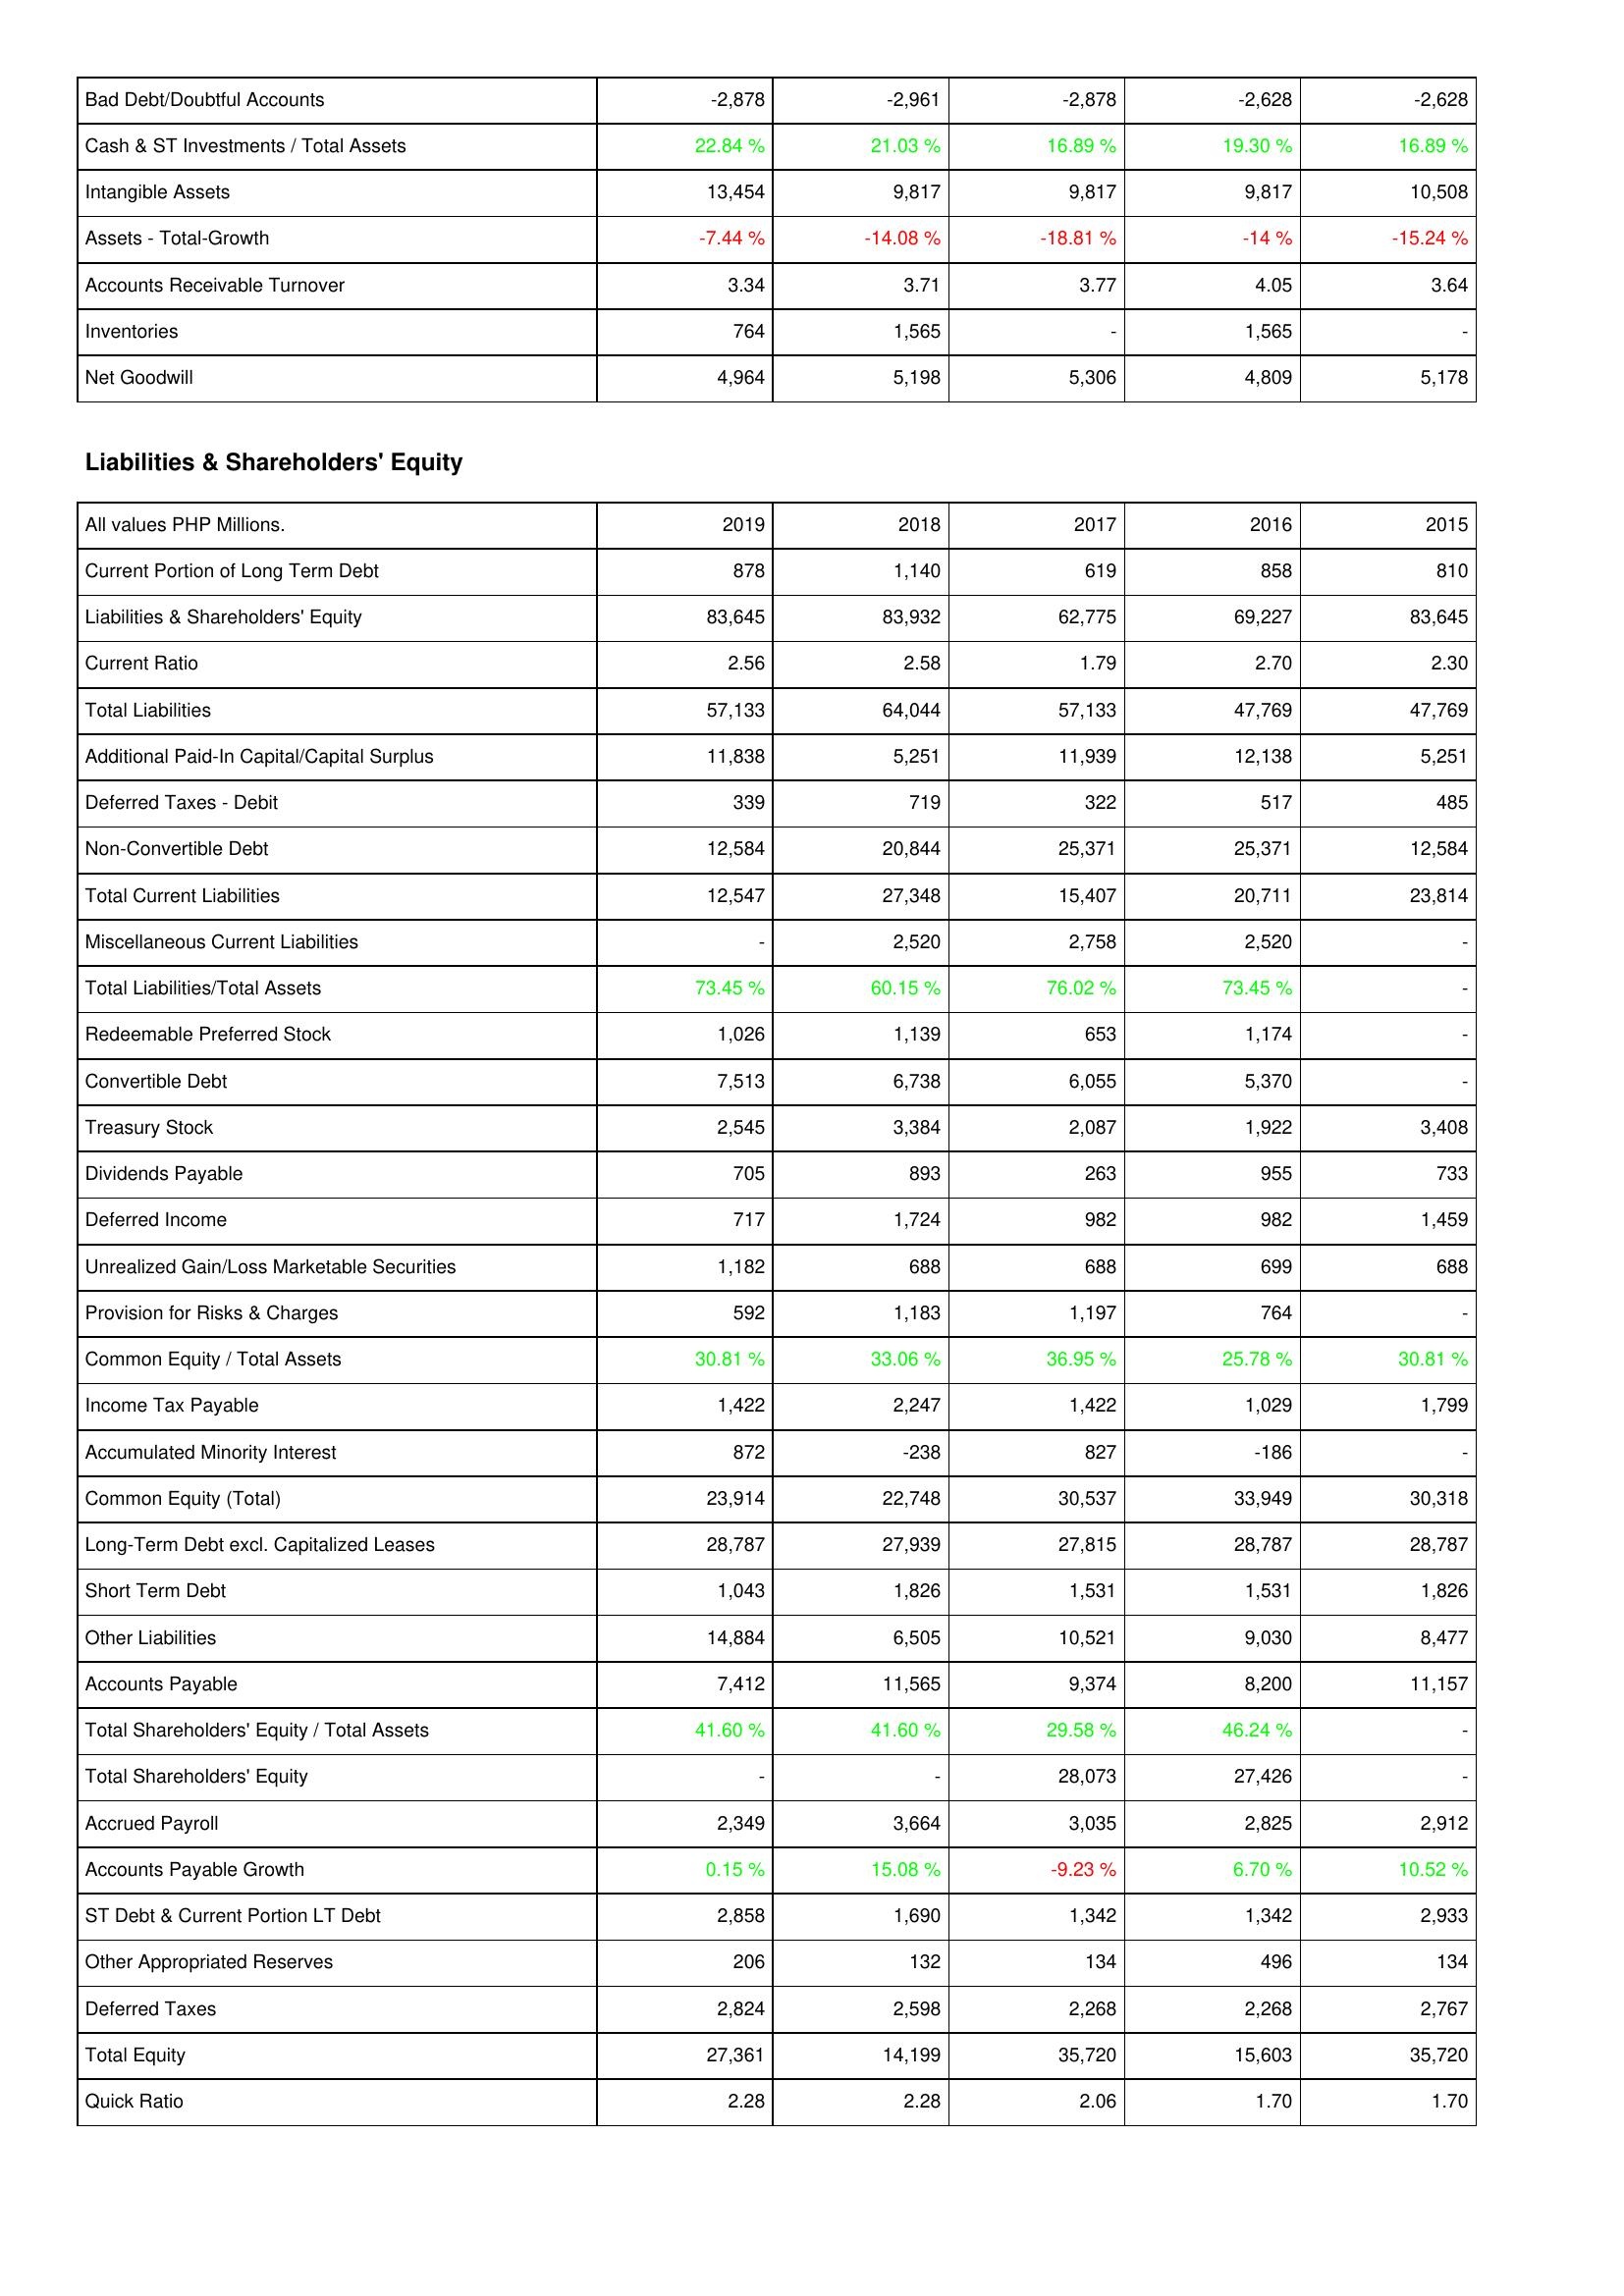
2019: Assets: Bad Debt/Doubtful Accounts: -2,878
Cash & ST Investments / Total Assets: 22.84 %
Intangible Assets: 13,454
Assets - Total-Growth: -7.44 %
Accounts Receivable Turnover: 3.34
Inventories: 764
Net Goodwill: 4,964
Liabilities & Shareholders' Equity: Current Portion of Long Term Debt: 878
Liabilities & Shareholders' Equity: 83,645
Current Ratio: 2.56
Total Liabilities: 57,133
Additional Paid-In Capital/Capital Surplus: 11,838
Deferred Taxes - Debit: 339
Non-Convertible Debt: 12,584
Total Current Liabilities: 12,547
Miscellaneous Current Liabilities: -
Total Liabilities/Total Assets: 73.45 %
Redeemable Preferred Stock: 1,026
Convertible Debt: 7,513
Treasury Stock: 2,545
Dividends Payable: 705
Deferred Income: 717
Unrealized Gain/Loss Marketable Securities: 1,182
Provision for Risks & Charges: 592
Common Equity / Total Assets: 30.81 %
Income Tax Payable: 1,422
Accumulated Minority Interest: 872
Common Equity (Total): 23,914
Long-Term Debt excl. Capitalized Leases: 28,787
Short Term Debt: 1,043
Other Liabilities: 14,884
Accounts Payable: 7,412
Total Shareholders' Equity / Total Assets: 41.60 %
Total Shareholders' Equity: -
Accrued Payroll: 2,349
Accounts Payable Growth: 0.15 %
ST Debt & Current Portion LT Debt: 2,858
Other Appropriated Reserves: 206
Deferred Taxes: 2,824
Total Equity: 27,361
Quick Ratio: 2.28
2018: Assets: Bad Debt/Doubtful Accounts: -2,961
Cash & ST Investments / Total Assets: 21.03 %
Intangible Assets: 9,817
Assets - Total-Growth: -14.08 %
Accounts Receivable Turnover: 3.71
Inventories: 1,565
Net Goodwill: 5,198
Liabilities & Shareholders' Equity: Current Portion of Long Term Debt: 1,140
Liabilities & Shareholders' Equity: 83,932
Current Ratio: 2.58
Total Liabilities: 64,044
Additional Paid-In Capital/Capital Surplus: 5,251
Deferred Taxes - Debit: 719
Non-Convertible Debt: 20,844
Total Current Liabilities: 27,348
Miscellaneous Current Liabilities: 2,520
Total Liabilities/Total Assets: 60.15 %
Redeemable Preferred Stock: 1,139
Convertible Debt: 6,738
Treasury Stock: 3,384
Dividends Payable: 893
Deferred Income: 1,724
Unrealized Gain/Loss Marketable Securities: 688
Provision for Risks & Charges: 1,183
Common Equity / Total Assets: 33.06 %
Income Tax Payable: 2,247
Accumulated Minority Interest: -238
Common Equity (Total): 22,748
Long-Term Debt excl. Capitalized Leases: 27,939
Short Term Debt: 1,826
Other Liabilities: 6,505
Accounts Payable: 11,565
Total Shareholders' Equity / Total Assets: 41.60 %
Total Shareholders' Equity: -
Accrued Payroll: 3,664
Accounts Payable Growth: 15.08 %
ST Debt & Current Portion LT Debt: 1,690
Other Appropriated Reserves: 132
Deferred Taxes: 2,598
Total Equity: 14,199
Quick Ratio: 2.28
2017: Assets: Bad Debt/Doubtful Accounts: -2,878
Cash & ST Investments / Total Assets: 16.89 %
Intangible Assets: 9,817
Assets - Total-Growth: -18.81 %
Accounts Receivable Turnover: 3.77
Inventories: -
Net Goodwill: 5,306
Liabilities & Shareholders' Equity: Current Portion of Long Term Debt: 619
Liabilities & Shareholders' Equity: 62,775
Current Ratio: 1.79
Total Liabilities: 57,133
Additional Paid-In Capital/Capital Surplus: 11,939
Deferred Taxes - Debit: 322
Non-Convertible Debt: 25,371
Total Current Liabilities: 15,407
Miscellaneous Current Liabilities: 2,758
Total Liabilities/Total Assets: 76.02 %
Redeemable Preferred Stock: 653
Convertible Debt: 6,055
Treasury Stock: 2,087
Dividends Payable: 263
Deferred Income: 982
Unrealized Gain/Loss Marketable Securities: 688
Provision for Risks & Charges: 1,197
Common Equity / Total Assets: 36.95 %
Income Tax Payable: 1,422
Accumulated Minority Interest: 827
Common Equity (Total): 30,537
Long-Term Debt excl. Capitalized Leases: 27,815
Short Term Debt: 1,531
Other Liabilities: 10,521
Accounts Payable: 9,374
Total Shareholders' Equity / Total Assets: 29.58 %
Total Shareholders' Equity: 28,073
Accrued Payroll: 3,035
Accounts Payable Growth: -9.23 %
ST Debt & Current Portion LT Debt: 1,342
Other Appropriated Reserves: 134
Deferred Taxes: 2,268
Total Equity: 35,720
Quick Ratio: 2.06
2016: Assets: Bad Debt/Doubtful Accounts: -2,628
Cash & ST Investments / Total Assets: 19.30 %
Intangible Assets: 9,817
Assets - Total-Growth: -14 %
Accounts Receivable Turnover: 4.05
Inventories: 1,565
Net Goodwill: 4,809
Liabilities & Shareholders' Equity: Current Portion of Long Term Debt: 858
Liabilities & Shareholders' Equity: 69,227
Current Ratio: 2.70
Total Liabilities: 47,769
Additional Paid-In Capital/Capital Surplus: 12,138
Deferred Taxes - Debit: 517
Non-Convertible Debt: 25,371
Total Current Liabilities: 20,711
Miscellaneous Current Liabilities: 2,520
Total Liabilities/Total Assets: 73.45 %
Redeemable Preferred Stock: 1,174
Convertible Debt: 5,370
Treasury Stock: 1,922
Dividends Payable: 955
Deferred Income: 982
Unrealized Gain/Loss Marketable Securities: 699
Provision for Risks & Charges: 764
Common Equity / Total Assets: 25.78 %
Income Tax Payable: 1,029
Accumulated Minority Interest: -186
Common Equity (Total): 33,949
Long-Term Debt excl. Capitalized Leases: 28,787
Short Term Debt: 1,531
Other Liabilities: 9,030
Accounts Payable: 8,200
Total Shareholders' Equity / Total Assets: 46.24 %
Total Shareholders' Equity: 27,426
Accrued Payroll: 2,825
Accounts Payable Growth: 6.70 %
ST Debt & Current Portion LT Debt: 1,342
Other Appropriated Reserves: 496
Deferred Taxes: 2,268
Total Equity: 15,603
Quick Ratio: 1.70
2015: Assets: Bad Debt/Doubtful Accounts: -2,628
Cash & ST Investments / Total Assets: 16.89 %
Intangible Assets: 10,508
Assets - Total-Growth: -15.24 %
Accounts Receivable Turnover: 3.64
Inventories: -
Net Goodwill: 5,178
Liabilities & Shareholders' Equity: Current Portion of Long Term Debt: 810
Liabilities & Shareholders' Equity: 83,645
Current Ratio: 2.30
Total Liabilities: 47,769
Additional Paid-In Capital/Capital Surplus: 5,251
Deferred Taxes - Debit: 485
Non-Convertible Debt: 12,584
Total Current Liabilities: 23,814
Miscellaneous Current Liabilities: -
Total Liabilities/Total Assets: -
Redeemable Preferred Stock: -
Convertible Debt: -
Treasury Stock: 3,408
Dividends Payable: 733
Deferred Income: 1,459
Unrealized Gain/Loss Marketable Securities: 688
Provision for Risks & Charges: -
Common Equity / Total Assets: 30.81 %
Income Tax Payable: 1,799
Accumulated Minority Interest: -
Common Equity (Total): 30,318
Long-Term Debt excl. Capitalized Leases: 28,787
Short Term Debt: 1,826
Other Liabilities: 8,477
Accounts Payable: 11,157
Total Shareholders' Equity / Total Assets: -
Total Shareholders' Equity: -
Accrued Payroll: 2,912
Accounts Payable Growth: 10.52 %
ST Debt & Current Portion LT Debt: 2,933
Other Appropriated Reserves: 134
Deferred Taxes: 2,767
Total Equity: 35,720
Quick Ratio: 1.70